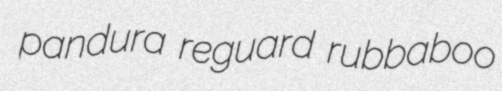
pandura reguard rubbaboo